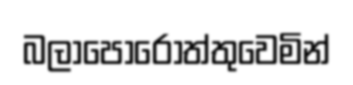
බලාපොරොත්තුවෙමින්